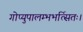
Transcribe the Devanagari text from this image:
गोप्युपालम्भभर्त्सितः।